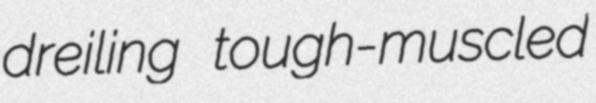
dreiling tough-muscled